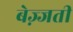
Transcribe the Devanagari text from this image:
बेज़्जती